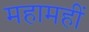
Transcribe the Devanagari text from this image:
महामहीं